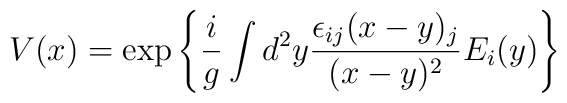
V(x)=\exp\left\{\frac{i}{g}\int d^2y\frac{\epsilon_{ij}(x-y)_j}{(x-y)^2}E_i(y)\right\}